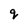
Character: g